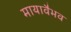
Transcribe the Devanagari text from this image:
मायावैभव